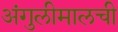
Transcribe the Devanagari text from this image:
अंगुलीमालची